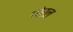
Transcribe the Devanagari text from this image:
गोरल